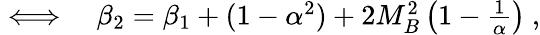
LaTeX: \begin{array}{rl}{\iff}&{{}\beta_{2}=\beta_{1}+(1-\alpha^{2})+2M_{B}^{2}\left(1-\frac{1}{\alpha}\right)\ ,}\end{array}